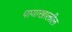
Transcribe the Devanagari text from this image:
पायाखालील